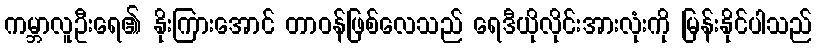
ကမ္ဘာလူဦးရေ၏ နိုးကြားအောင် တာဝန်ဖြစ်လေသည် ရေဒီယိုလိုင်းအားလုံးကို မြန်းနိုင်ပါသည်